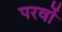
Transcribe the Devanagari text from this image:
परवों